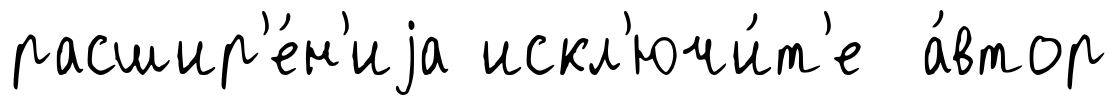
расшир'е́н'иjа искл'ючи́т'е а́втор